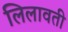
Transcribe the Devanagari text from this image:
लिलावती